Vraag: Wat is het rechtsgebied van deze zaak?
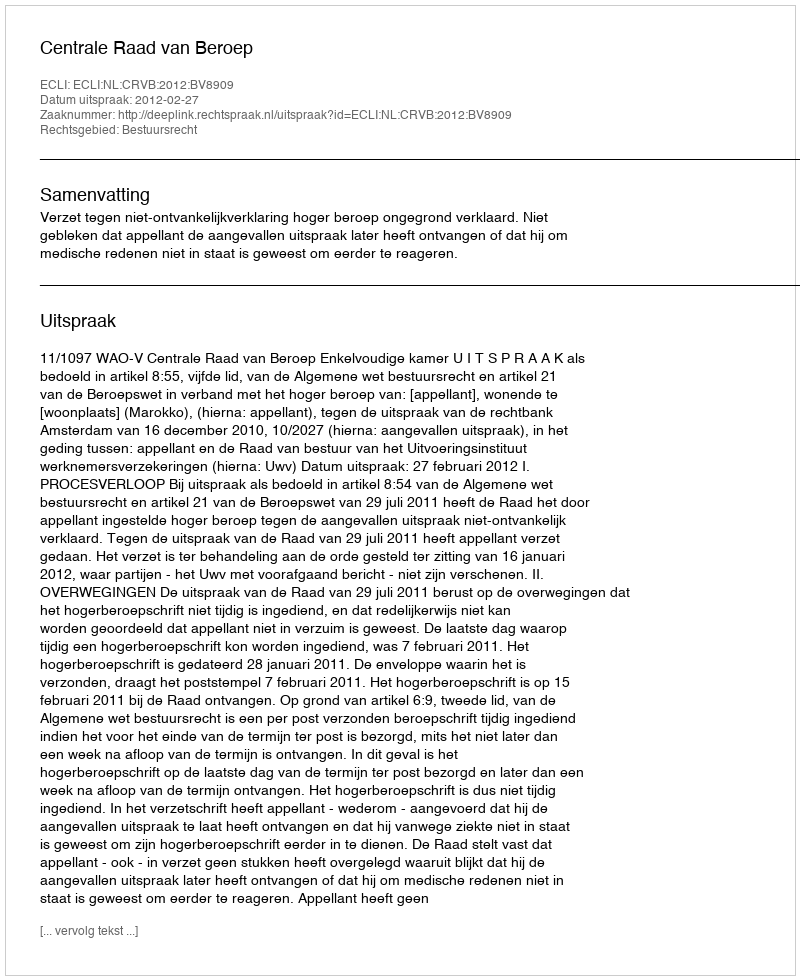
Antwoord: Bestuursrecht